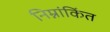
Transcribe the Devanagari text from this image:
निम्नांकिंत